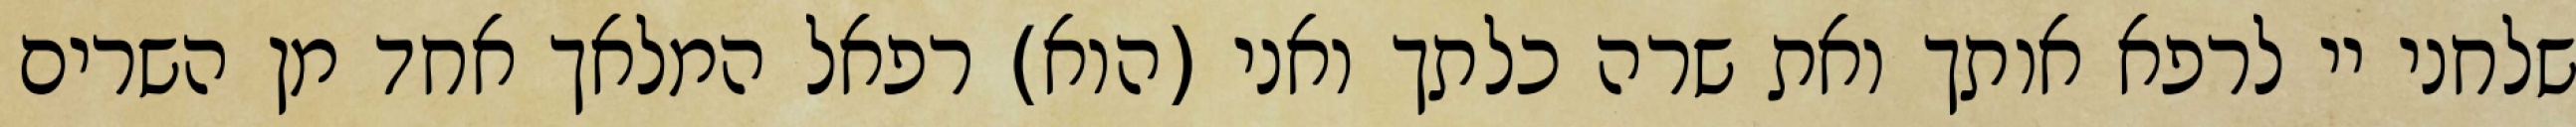
שלחני יי לרפא אותך ואת שרה כלתך ואני (הוא) רפאל המלאך אחד מן השרים